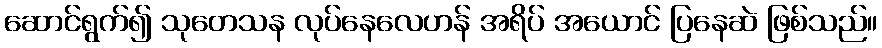
ဆောင်ရွက်၍ သုတေသန လုပ်နေလေဟန် အရိပ် အယောင် ပြနေဆဲ ဖြစ်သည်။